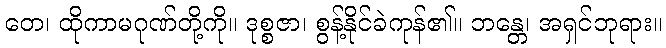
တေ၊ ထိုကာမဂုဏ်တို့ကို။ ဒုစ္စဇာ၊ စွန့်နိုင်ခဲကုန်၏။ ဘန္တေ၊ အရှင်ဘုရား။